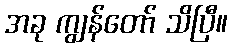
အခု ကျွန်တော် သိပြီ။